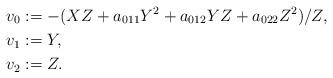
LaTeX: \begin{align*}v_0 &:= -(XZ + a_{011}Y^2 + a_{012}YZ + a_{022}Z^2)/Z,\\v_1 &:= Y, \\v_2 &:= Z.\end{align*}